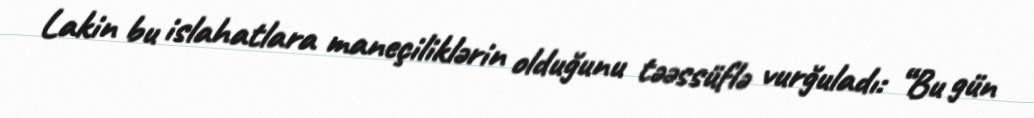
Lakin bu islahatlara maneçiliklərin olduğunu təəssüflə vurğuladı: “Bu gün